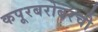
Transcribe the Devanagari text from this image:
कपूरबरोबरची